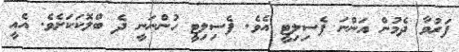
ފަރުވާ ދެމުން އަންނަ ފެސިލިޓީ އެވެ. ފެސިލިޓީ ހުންނަނީ ދެ ބްލޮކަކަށެވެ. އެއީ